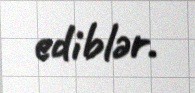
ediblər.